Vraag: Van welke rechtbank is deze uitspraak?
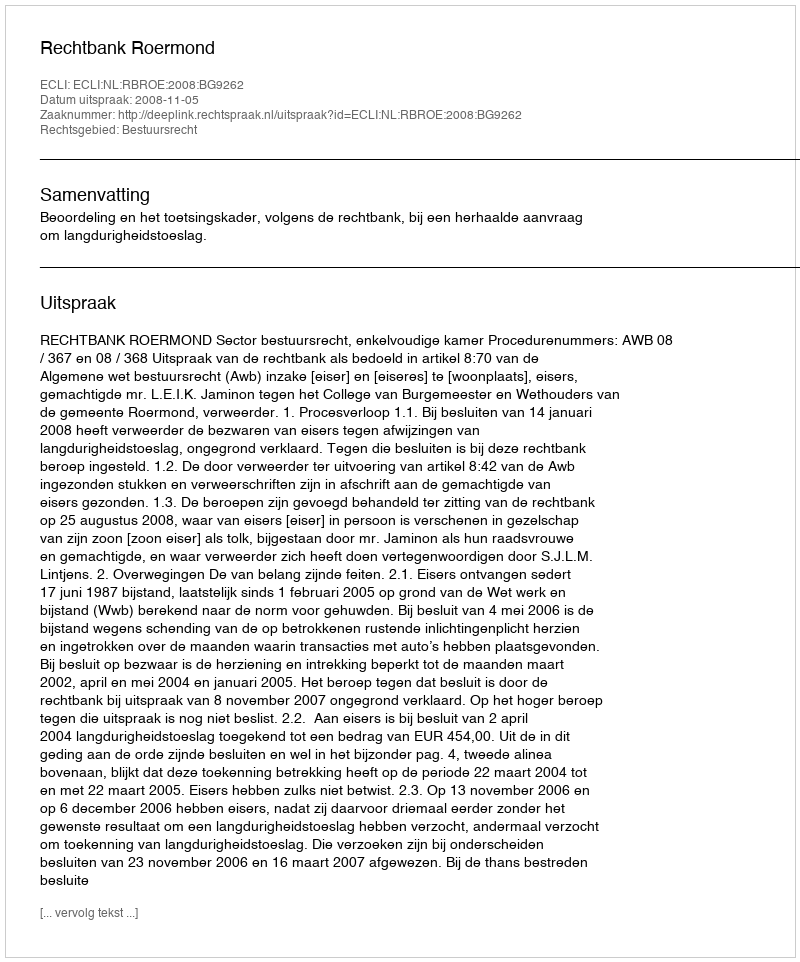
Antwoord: Rechtbank Roermond